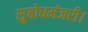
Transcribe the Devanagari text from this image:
सुबोधमंजरी।